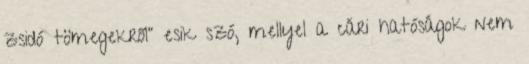
zsidó tömegekről" esik szó, mellyel a cári hatóságok nem